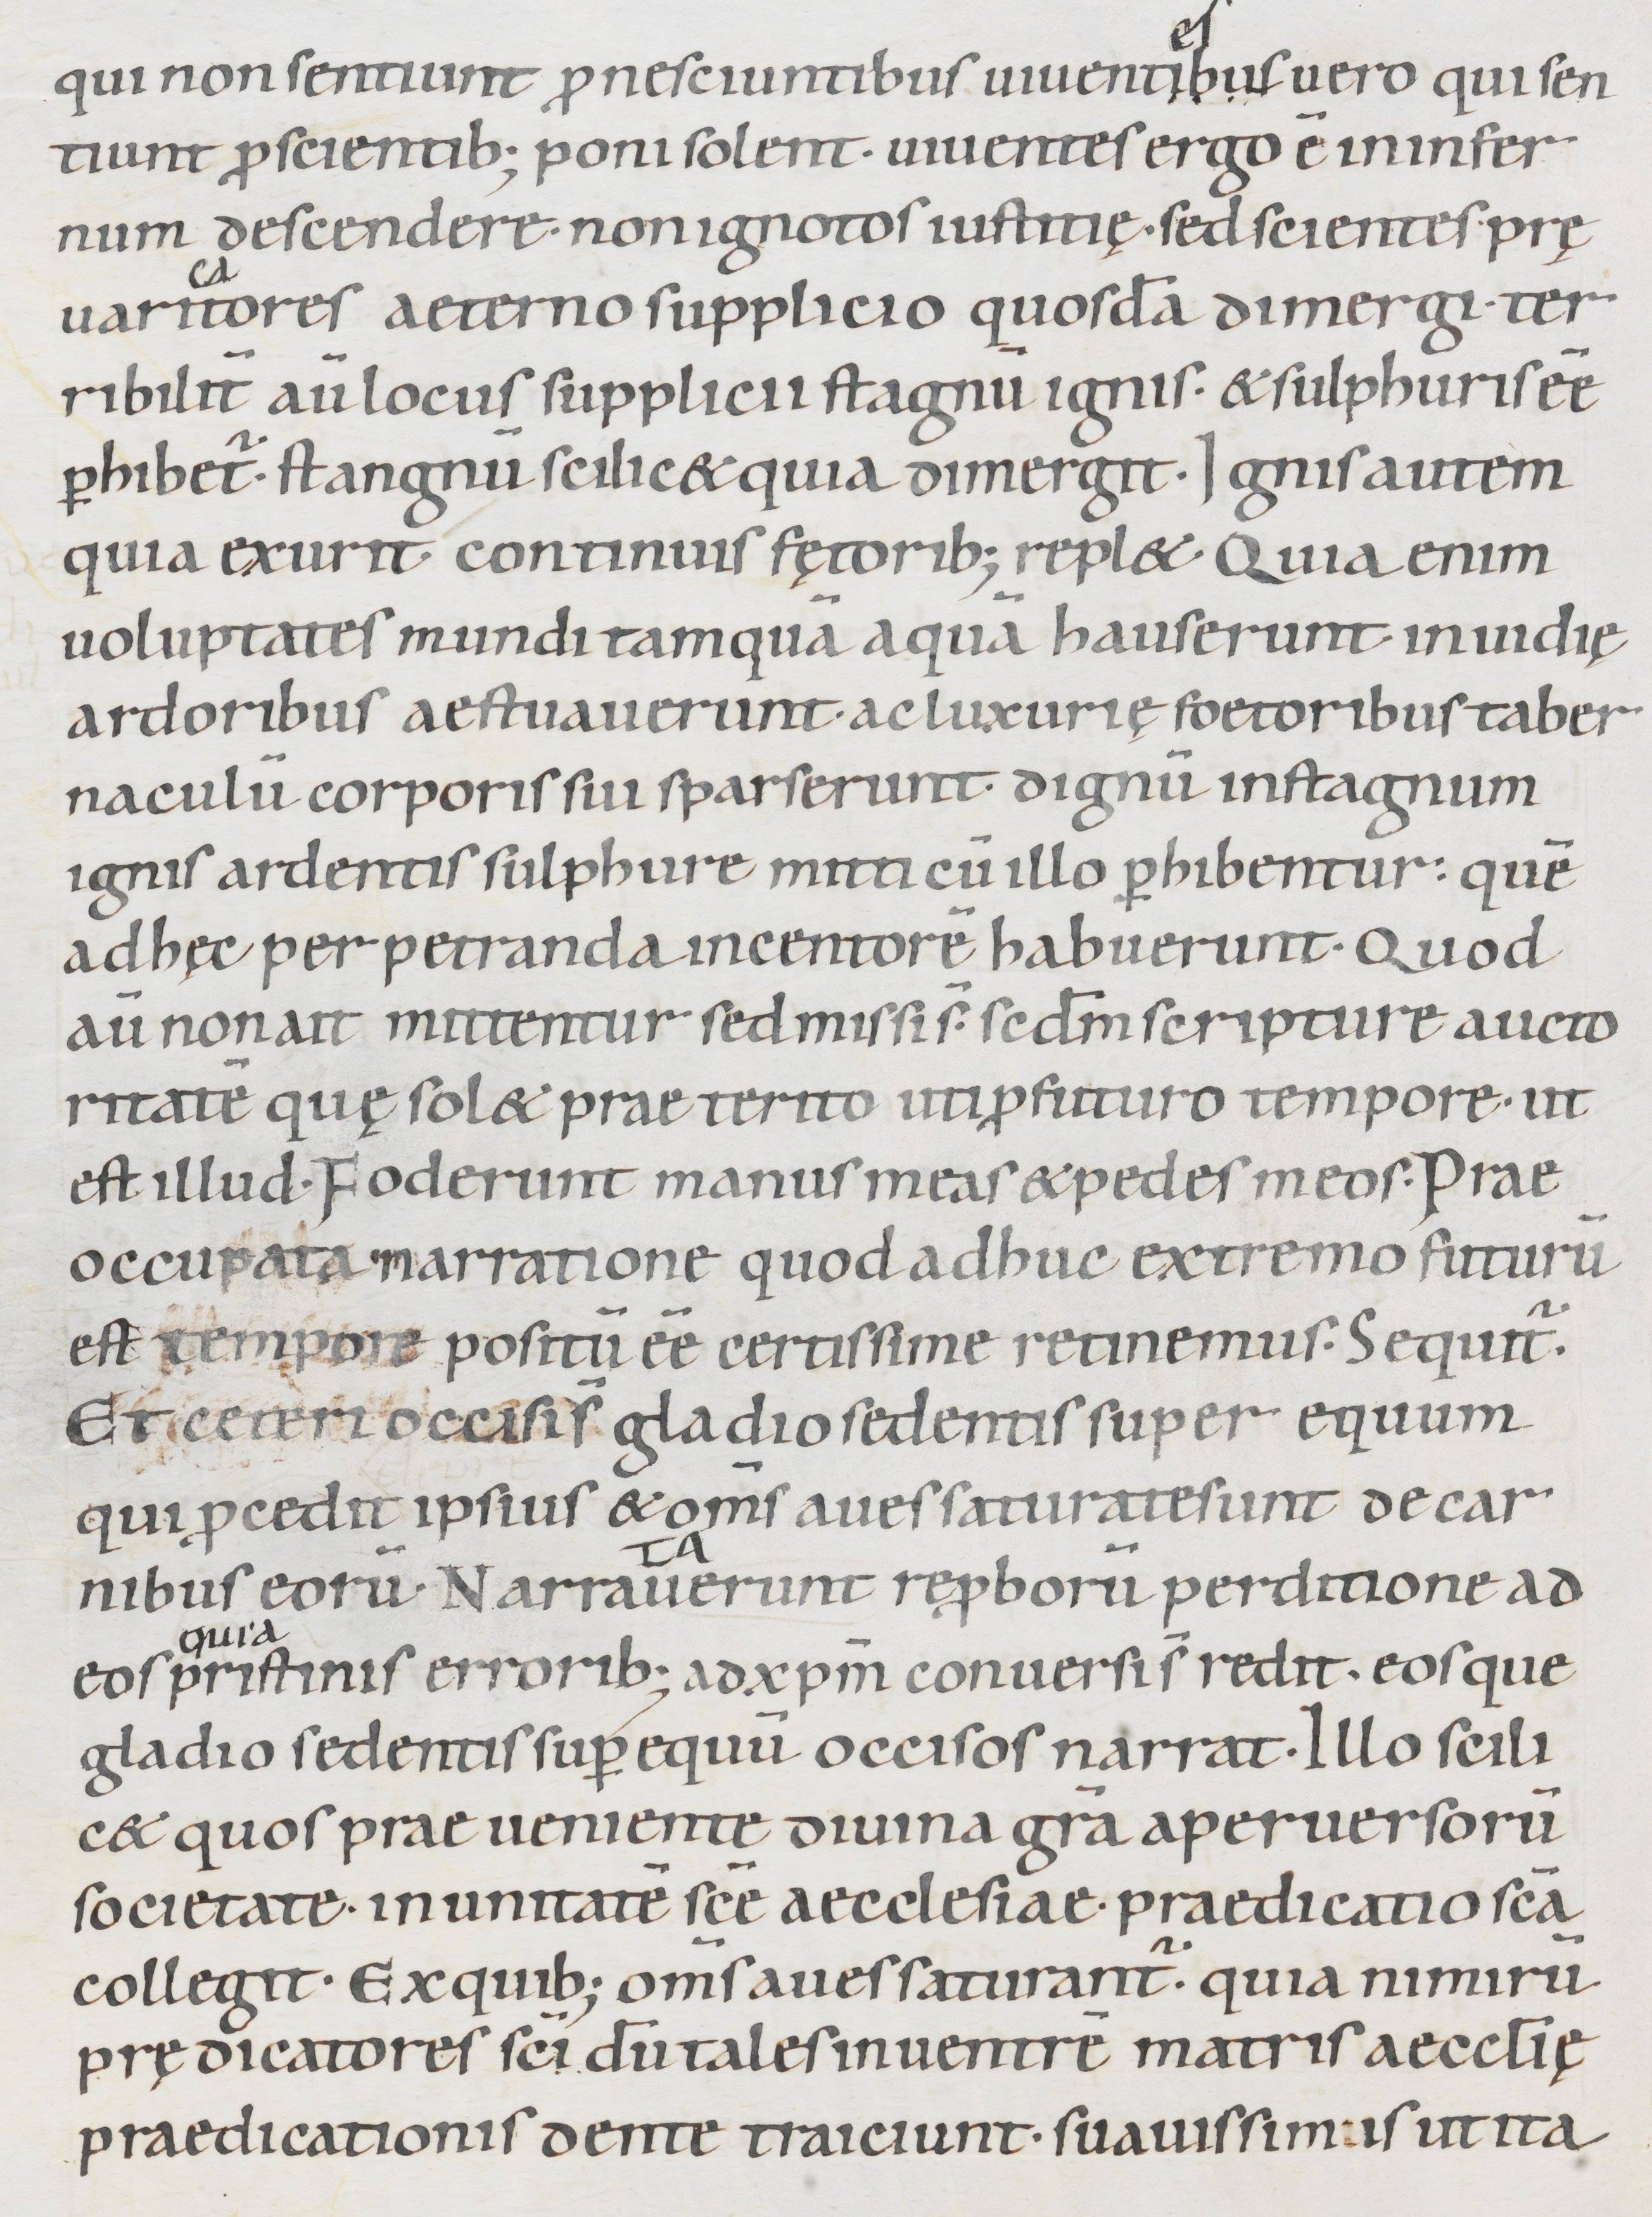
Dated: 1000–1099